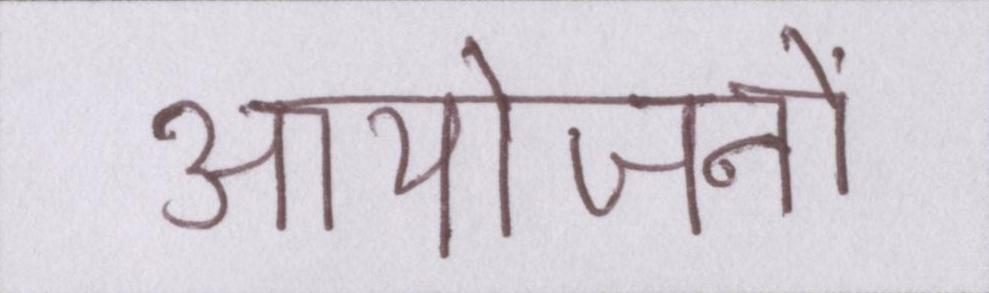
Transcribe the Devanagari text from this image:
आयोजनों